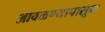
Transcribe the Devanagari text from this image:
आवळण्यापासून